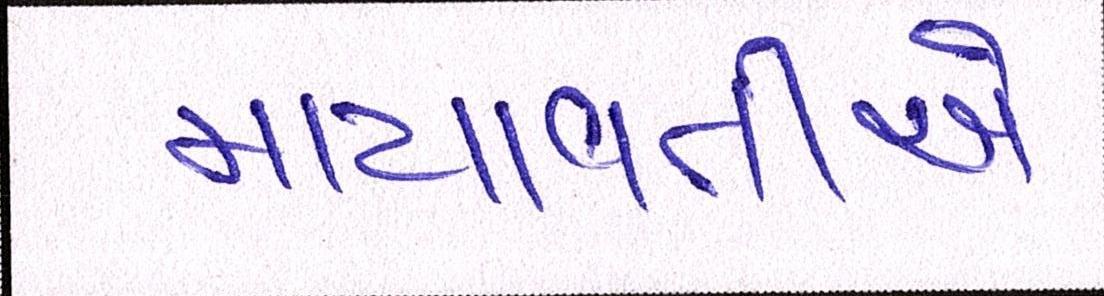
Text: માયાવતીએ